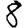
Digit: 8